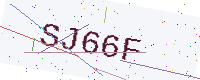
Text: SJ66F